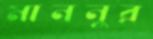
মাননুর